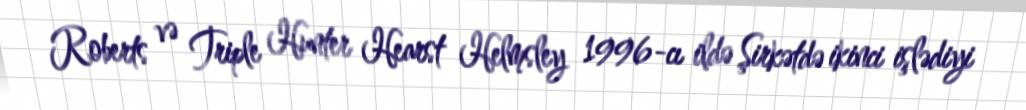
Roberts və Triple Hunter Hearst Helmsley 1996-cı ildə Şirkətdə ikinci işlədiyi